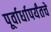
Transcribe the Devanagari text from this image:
पूर्वार्धापर्यंतचे